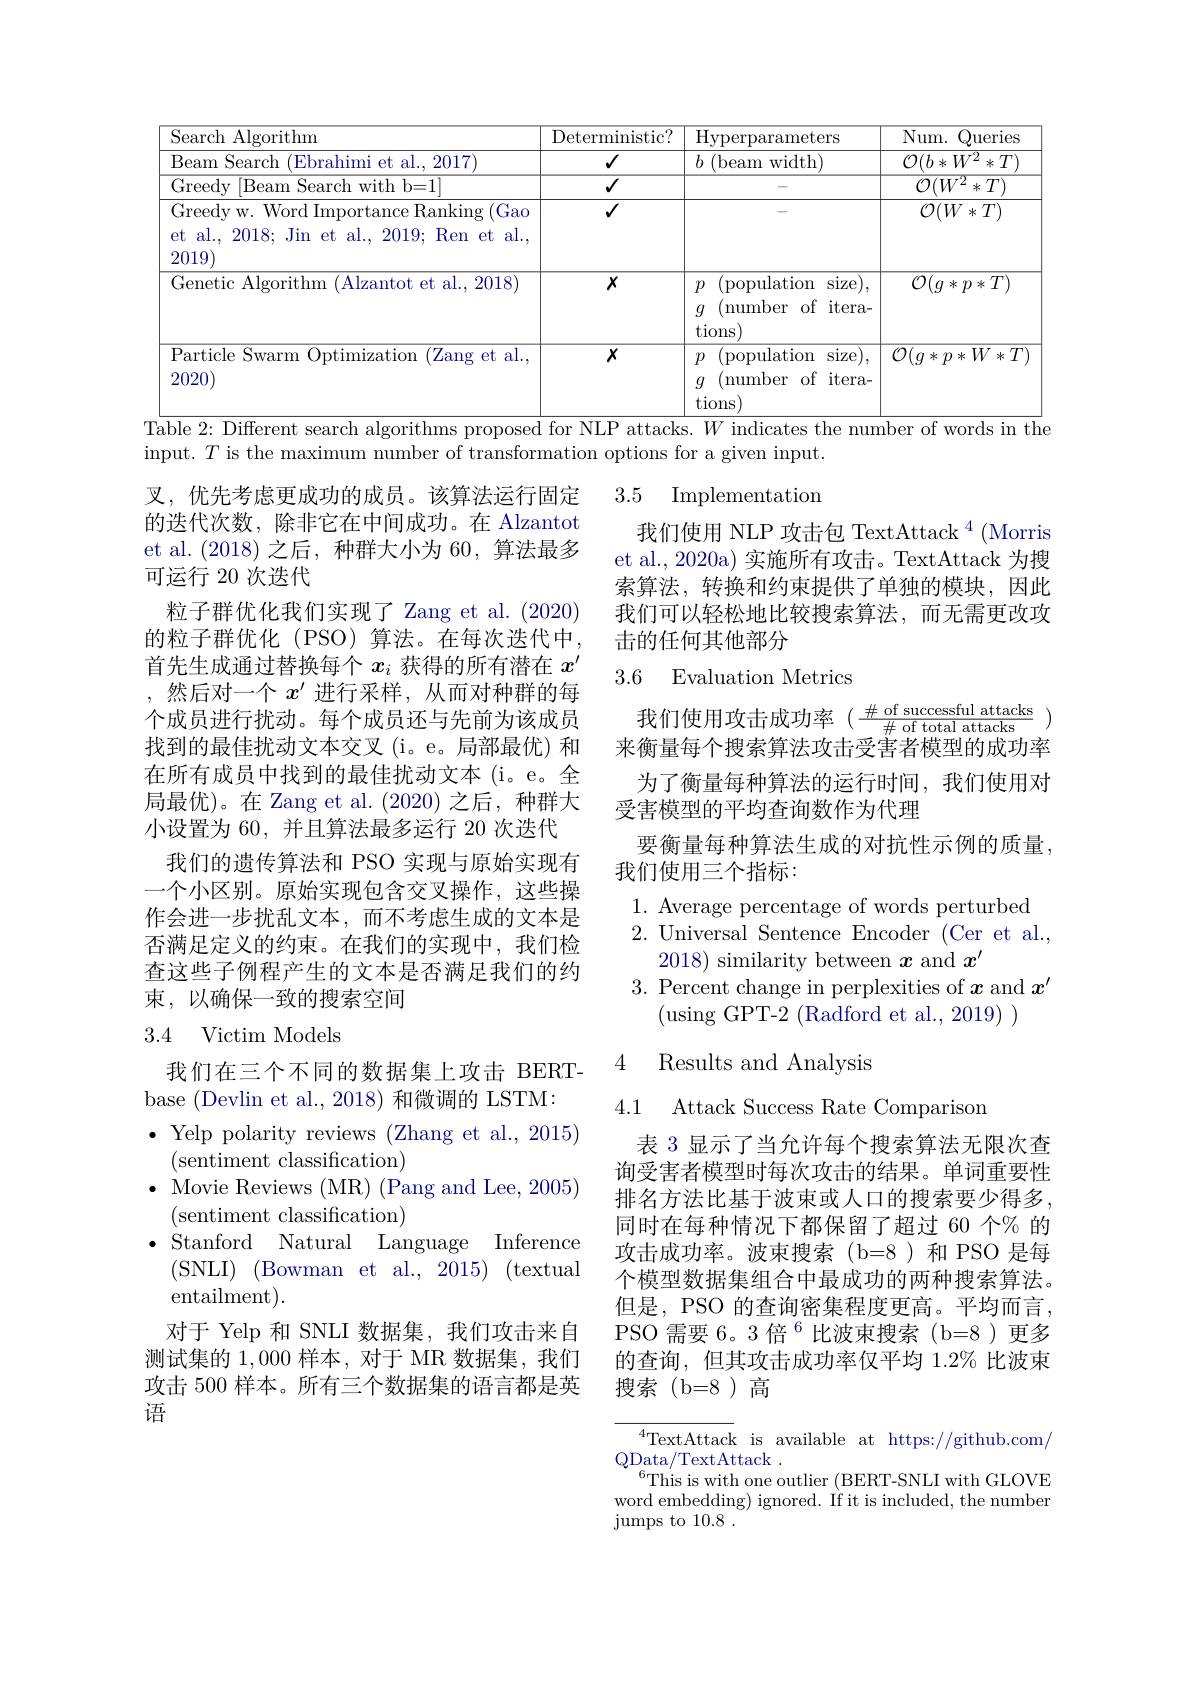
<table>
	<tbody>
		<tr>
			<th>Search ${\mathrm{lgorithm}}$ $A$</th>
			<th>Deterministic? </th>
			<th>Hyperparameters</th>
			<th>Num. Queries</th>
		</tr>
		<tr>
			<td>Beam Search (Ebrahimi et al., 2017</td>
			<td>$√$</td>
			<td>( beamwidth) 7 </td>
			<td>$\mathcal{O}(b*W^{2}$ $*T)$</td>
		</tr>
		<tr>
			<td>Greedy |Beam Search with b=1]</td>
			<td>$√$</td>
			<td> </td>
			<td>$\langle W^{2}$ $T^{\cdot}$ ' 米</td>
		</tr>
		<tr>
			<td>Greedy w. Word Importance Ranking (Gao et al., 2018; Jin et al., 2019; Ren et al. 2019</td>
			<td>$√$</td>
			<td> </td>
			<td>$\mathcal{O}(W*T)$</td>
		</tr>
		<tr>
			<td>Genetic Algorithm (Alzantot et al., 2018</td>
			<td>$X$</td>
			<td>$\hat{p}$ ( population size), (number $of$ $itera-$ $g$ tions</td>
			<td>$\overline{\mathcal{O}(g*p*T)}$</td>
		</tr>
		<tr>
			<td>Particle Swarm Optimization (Zang et al. 2020)</td>
			<td>$X$</td>
			<td>$\overline{\mathrm{size}),}$ $p$ (population ${\mathrm{number}}$ $of$ $itera-$ $g$ tions</td>
			<td>$\overline{\mathcal{O}(g*p*W*T]}$</td>
		</tr>
	</tbody>
</table>
words in
$2{:\text{ Different search algorithms proposed}}$
${\overline{\text{attacks. }W\mathrm{~indicates}}}$
number

input. $T$ is the maximum number of transformation options for a given input.

### 3.5 Implementation

我们使用 NLP 攻击包 TextAttack $^4$ (Morris et al., 2020a) 实施所有攻击。TextAttack 为搜索算法，转换和约束提供了单独的模块，因此我们可以轻松地比较搜索算法，而无需更改攻击的任何其他部分

### 3.6 Evaluation Metrics

我们使用攻击成功率($\frac{\#\text{of successfulattacks}}{\#\text{of total attacks}})$ 来衡量每个搜索算法攻击受害者模型的成功率

叉，优先考虑更成功的成员。该算法运行固定的迭代次数，除非它在中间成功。在 Alzantot et al.(2018)之后，种群大小为 60,算法最多可运行 20 次迭代
粒子群优化我们实现了 Zang et al. (2020) 的粒子群优化(PSO)算法。在每次迭代中首先生成通过替换每个$x_i$获得的所有潜在$x^{\prime}$ ,然后对一个$x^\prime$进行采样，从而对种群的每个成员进行扰动。每个成员还与先前为该成员找到的最佳扰动文本交叉(i。e。局部最优) 和在所有成员中找到的最佳扰动文本(i。e。全局最优)。在 Zang et al. (2020) 之后，种群大小设置为 60, 并且算法最多运行 20 次迭代
我们的遗传算法和 PSO 实现与原始实现有一个小区别。原始实现包含交叉操作，这些操作会进一步扰乱文本，而不考虑生成的文本是否满足定义的约束。在我们的实现中，我们检查这些子例程产生的文本是否满足我们的约束，以确保一致的搜索空间
3.4 Victim Models

为了衡量每种算法的运行时间，我们使用对
受害模型的平均查询数作为代理
要衡量每种算法生成的对抗性示例的质量，
我们使用三个指标：

1. Average percentage of words perturbed 2. Universal Sentence Encoder (Cer et al.,
2018) similarity between $x$ and $x^\prime$
3. Percent change in perplexities of $x$ and $x^\prime$

4 Results and Analysis

4.1 Attack Success Rate Comparison

我们在三个不同的数据集上攻击 BERT-
base (Devlin et al., 2018) 和微调的 LSTM:
$\bullet$ Yelp polarity reviews (Zhang et al., 2015)
(sentiment classification)
$\bullet$ Movie Reviews (MR) (Pang and Lee, 2005)
(sentiment classification)
$\bullet$ Stanford Natural Language Inference
( SNLI) ( Bowman et al. , 2015) ( textual
entailment).
对于 Yelp 和 SNLI 数据集，我们攻击来自测试集的1，000样本，对于 MR 数据集，我们攻击 500 样本。所有三个数据集的语言都是英语

表 3 显示了当允许每个搜索算法无限次查询受害者模型时每次攻击的结果。单词重要性排名方法比基于波束或人口的搜索要少得多， 同时在每种情况下都保留了超过 60 个% 的攻击成功率。波束搜索(b=8)和 PSO 是每个模型数据集组合中最成功的两种搜索算法。但是，PSO 的查询密集程度更高。平均而言， PSO 需要 6。3 倍$^{6}$比波束搜索(b=8)更多的查询，但其攻击成功率仅平均 1.2% 比波束搜索(b=8)高

$^{4}$TextAttack is available at https://github.com/
$\mathop{\mathrm{QData/TextAttack}}$
$^{6}$This is with one outlier (BERT-SNLI with GLOVE word embedding) ignored. If it is included, the number jumps to 10.8 .